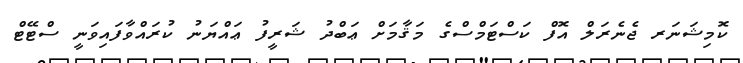
ކޮމިޝަނަރ ޖެނެރަލް އޮފް ކަސްޓަމްސްގެ މަޤާމަށް ޢަބްދު ޝަރީފު ޢައްޔަނު ކުރައްވާފައިވަނީ ސްޓޭޓް